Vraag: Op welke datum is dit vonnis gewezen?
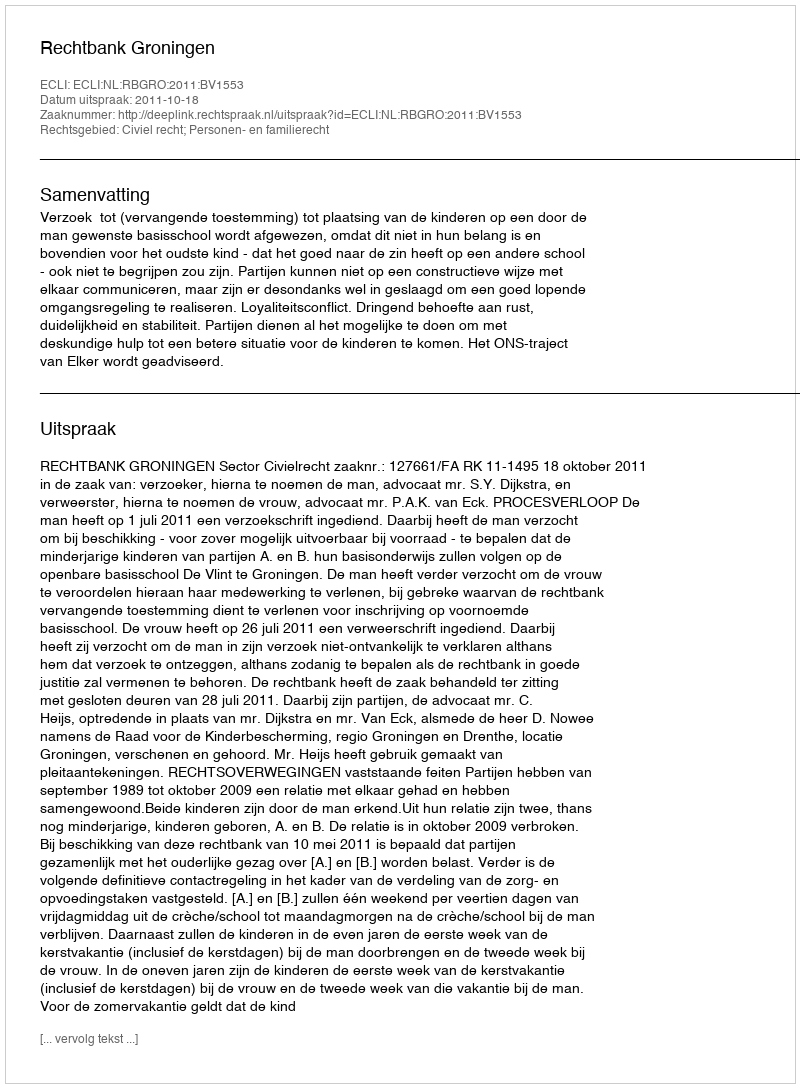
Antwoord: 2011-10-18